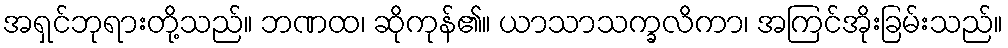
အရှင်ဘုရားတို့သည်။ ဘဏထ၊ ဆိုကုန်၏။ ယာသာသက္ခလိကာ၊ အကြင်အိုးခြမ်းသည်။